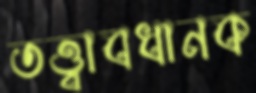
তত্ত্বাবধানক